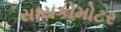
સાયકોમોટર